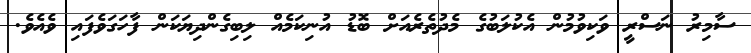
ސާމިރު ނަސްރީ ވަކިވުމުން އެކުލަބުގެ މެދުތެރެއަށް ބޮޑު އުނިކަމެއް ލިބިގެންދިޔަކަން ފާހަގަވެފައި ވެއެވެ.